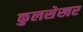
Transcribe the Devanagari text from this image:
कुलसेखर